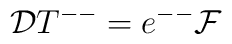
{\cal D} T^{--} = e^{--} {\cal F}